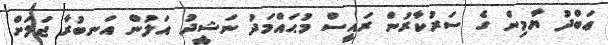
ޢަބްދު ޔާމިން ގެ ސަރުކާރުން ރައީސް މުޙައްމަދު ނަޝީދު އަލުން އަނބުރާ ޖަލަށް